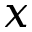
x